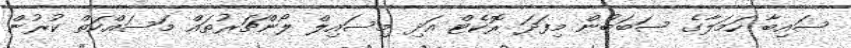
ސައިބާ ހަމަލާގެ ސަބަބުން މިފަދަ ރޮކެޓް އަދި މިސައިލް ލޯންޗަރުތައް މަސައްކަތް ކުރުން